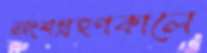
অংশগ্রহণকালে